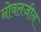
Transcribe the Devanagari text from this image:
नोवलजीन